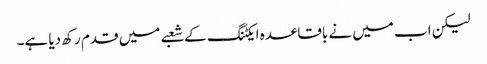
لیکن اب میں نے باقاعدہ ایکٹنگ کے شعبے میں قدم رکھ دیا ہے۔